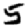
Digit: 5